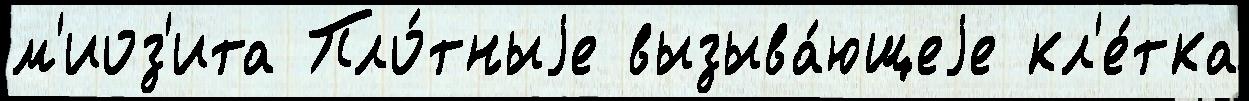
м'иоз'ита Пло́тныjе вызыва́ющеjе кл'е́тка